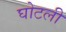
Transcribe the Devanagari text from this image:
घोटली